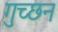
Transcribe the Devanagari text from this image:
गुच्छन